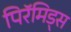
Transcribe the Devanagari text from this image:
पिरॅमिड्स